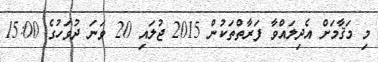
މި މަޤާމަށް އެދިލައްވާ ފަރާތްތަކުން 2015 ޖުލައި 20 ވަނަ ދުވަހުގެ 15:00